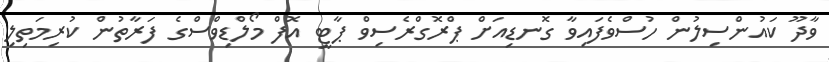
ވާދޫ ކައުންސިލުން ހުސްވެފައިވާ ގޮނޑިއަށް ޕްރޮގްރެސިވް ޕާޓީ އޮފް މޯލްޑިވްސްގެ ފަރާތުން ކުރިމަތިލި